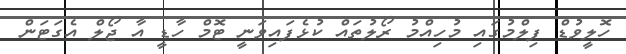
ހޮލީވުޑް ފިލްމުގައި މުހިއްމު ރޯލުތައް ކުޅެފައިވަނީ ޓޮމް ހާޑީ އާ ޖޯލް އެގަޓަން